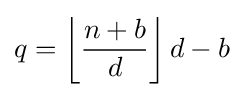
q=\left\lfloor {\frac {n+b}{d}}\right\rfloor d-b